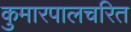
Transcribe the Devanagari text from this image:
कुमारपालचरित